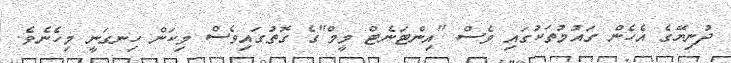
ދުނިޔޭގެ އެހެން ގައުމުތަކުގައި ވެސް "އިންޓަނެޓް މީމް"ގެ ގޮތުގައިވެސް މިކަން ހިނގަނީ މިހެނެވެ.